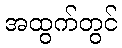
အထွက်တွင်